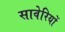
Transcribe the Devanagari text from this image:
सावेरियों